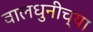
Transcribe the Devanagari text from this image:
वालधुनीच्या